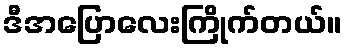
ဒီအပြောလေးကြိုက်တယ်။